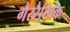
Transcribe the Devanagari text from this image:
गैररैखिक